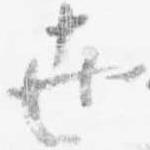
世